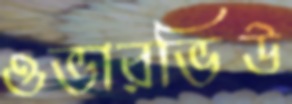
ওভারভিউ